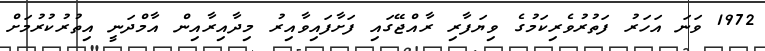
1972 ވަނަ އަހަރު ފަތުރުވެރިކަމުގެ ވިޔަފާރި ރާއްޖޭގައި ފަށާފައިވާއިރު މިދާއިރާއިން އާމްދަނީ އިތުރުކުރުމަށް